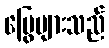
မြွေများသည်